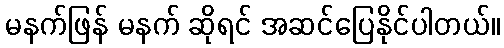
မနက်ဖြန် မနက် ဆိုရင် အဆင်ပြေနိုင်ပါတယ်။